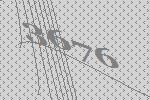
3676